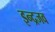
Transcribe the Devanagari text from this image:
इन्द्रजव